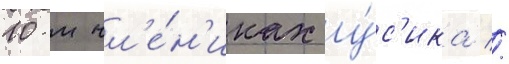
10-м чл'е́н'иках у́с'ика //